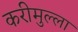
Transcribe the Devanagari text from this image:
करीमुल्ला